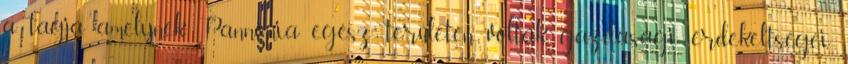
a tagja, amelynek Pannónia egész területén voltak gazdasági érdekeltségei.